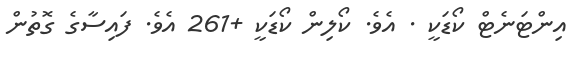
އިންޓަނެޓް ކޯޑަކީ . އެވެ. ކޯލިން ކޯޑަކީ +261 އެވެ. ފައިސާގެ ގޮތުން